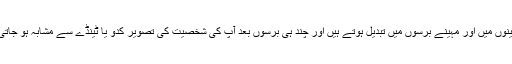
دن مہینوں میں اور مہینے برسوں میں تبدیل ہوتے ہیں اور چند ہی برسوں بعد آپ کی شخصیت کی تصویر کدو یا ٹینڈے سے مشابہ ہو جاتی ہے ۔